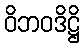
ဝိဘဝဒိဋ္ဌိ